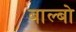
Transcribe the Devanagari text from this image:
बाल्बो